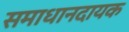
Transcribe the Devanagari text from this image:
समाधानदायक